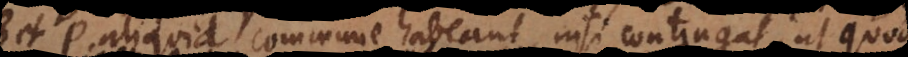
et P aliquid commune habeant, nisi contingat, ut quod